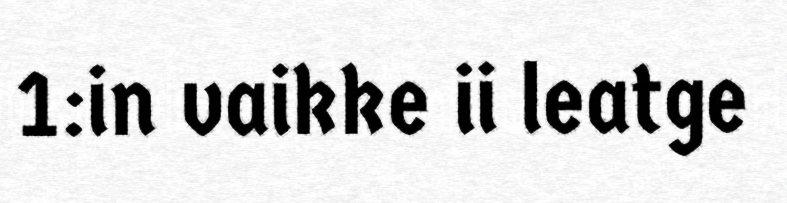
1:in vaikke ii leatge